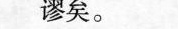
谬矣。